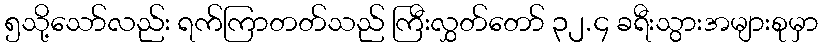
၅သို့သော်လည်း ရက်ကြာတတ်သည် ကြီးလွှတ်တော် ၃၂.၄ ခရီးသွားအများစုမှာ